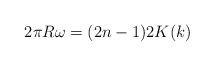
\begin{align*}2\pi R\omega = (2n-1)2K(k)\end{align*}